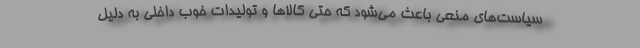
سیاست‌های منعی باعث می‌شود که حتی کالاها و تولیدات خوب داخلی به دلیل